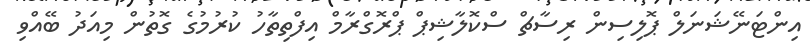
އިންޓަނޭޝަނަލް ޕޮލިސިން ރިސާޗް ސްކޮލާޝިޕް ޕްރޮގްރާމް އިފްތިތާހު ކުރުމުގެ ގޮތުން މިއަދު ބޭއްވި